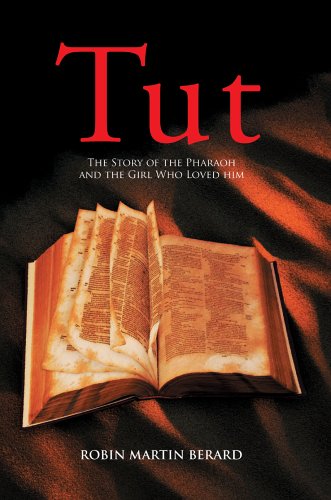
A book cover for Tut: The Story of the Pharaoh and the Girl Who Loved him; Robin Berard; Teen & Young Adult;